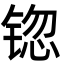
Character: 锪